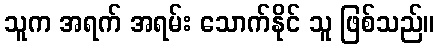
သူက အရက် အရမ်း သောက်နိုင် သူ ဖြစ်သည်။